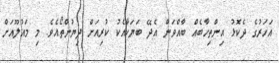
އަހަރުގެ ދެކޮޅު އިންތިހާބެއް ބާއްވަން އެދޭ ބަޔަކާއެކު ކުރިއަށް ދިޔުންތޯއެވެ. މި މައުލޫއަށް